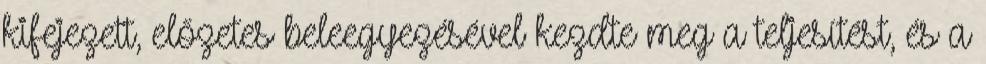
kifejezett, előzetes beleegyezésével kezdte meg a teljesítést, és a